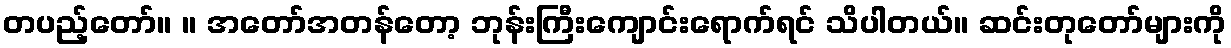
တပည့်တော်။ ။ အတော်အတန်တော့ ဘုန်းကြီးကျောင်းရောက်ရင် သိပါတယ်။ ဆင်းတုတော်များကို